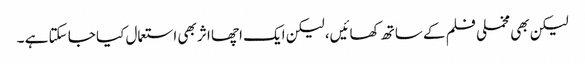
لیکن بھی مخملی فلم کے ساتھ کھائیں، لیکن ایک اچھا اثر بھی استعمال کیا جا سکتا ہے ۔